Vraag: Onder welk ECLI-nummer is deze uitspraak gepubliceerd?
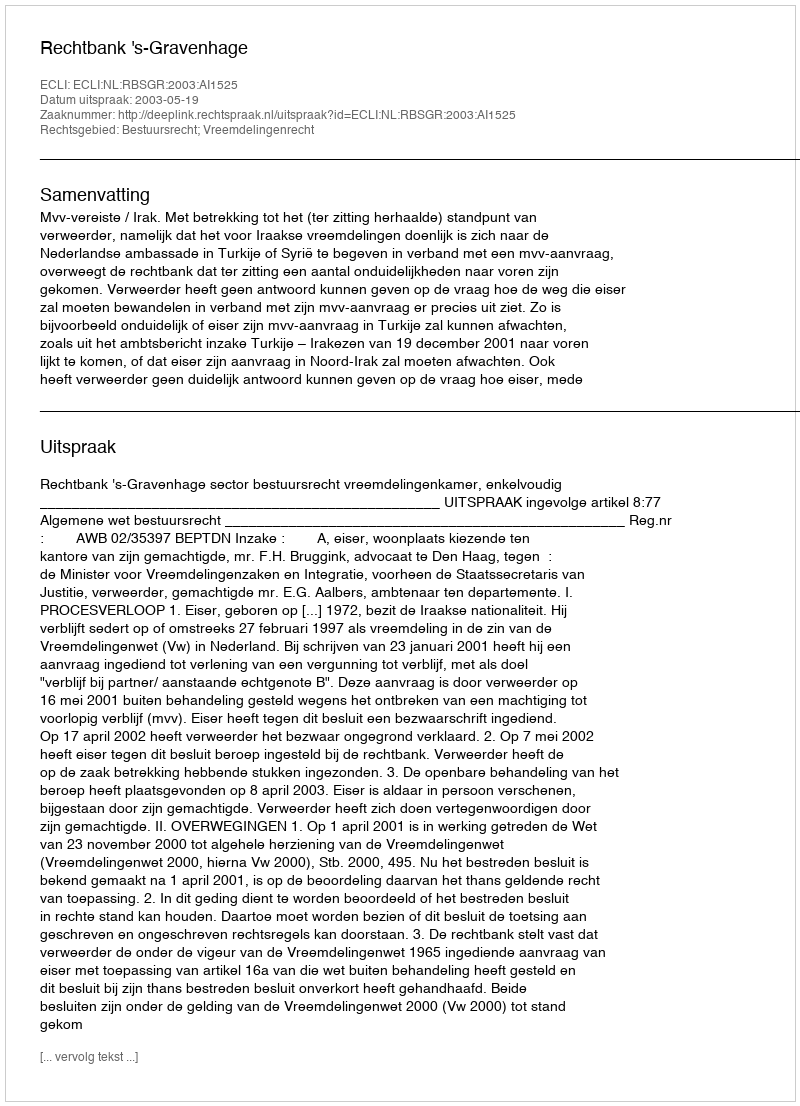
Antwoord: ECLI:NL:RBSGR:2003:AI1525